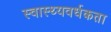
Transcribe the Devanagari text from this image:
स्वास्थ्यवर्धकता